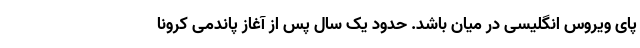
پای ویروس انگلیسی در میان باشد. حدود یک سال پس از آغاز پاندمی کرونا